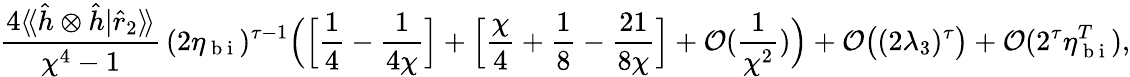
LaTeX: \frac{4\langle\! \langle\hat{h}\otimes\hat{h}|\hat{r}_{2}\rangle\! \rangle}{\chi^{4}-1}\, (2\eta_{\mathrm{~b~i~}})^{\tau-1}\Big(\Big[\frac{1}{4}-\frac{1}{4\chi}\Big]+\Big[\frac{\chi}{4}+\frac{1}{8}-\frac{21}{8\chi}\Big]+\mathcal{O}(\frac{1}{\chi^{2}})\Big)+\mathcal{O}\big((2\lambda_{3})^{\tau}\big)+\mathcal{O}(2^{\tau}\eta_{\mathrm{~b~i~}}^{T}),